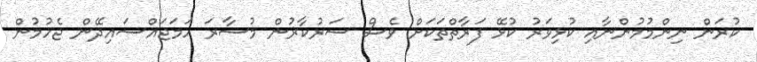
ކުރަން ނިންމުމުންނާއި ކުޅިވަރު ކުޅޭ ފަރާތްތަކަށް ވެސް ސަރުކާޜުން މުސާރަ ހަމަޖައްސައިދޭން ޖެހުމުން